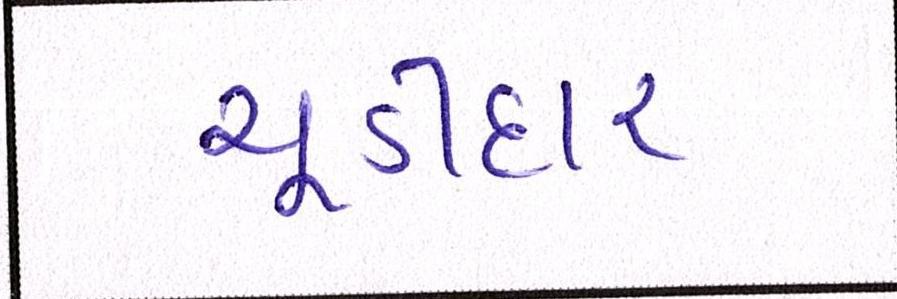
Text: ચૂડીદાર